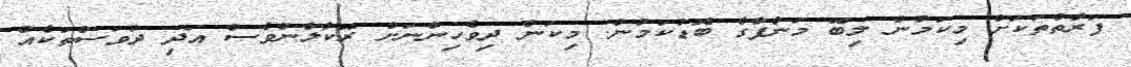
ފަރާތްތަކަށް މިކަމުން ލިބޭ މަންފާގެ ބޮޑުކަމުން. މިކަން ދިވެހިންނަށް ރޭކާލާންވެސް އަދި ދުވަސްތަކެއް